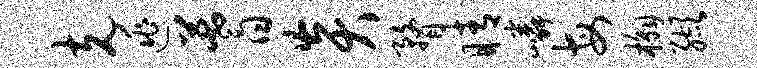
克逃蓍炎瞀睛嶙每槲缬